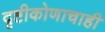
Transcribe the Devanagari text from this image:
दृष्टीकोणाचाही